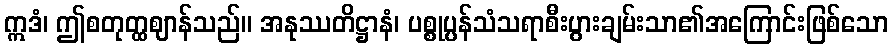
ဣဒံ၊ ဤစတုတ္ထဈာန်သည်။ အနုဿတိဋ္ဌာနံ၊ ပစ္စုပ္ပန်သံသရာစီးပွားချမ်းသာ၏အကြောင်းဖြစ်သော